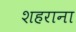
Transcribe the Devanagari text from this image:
शहराना